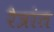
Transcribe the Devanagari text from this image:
रैत्रांत